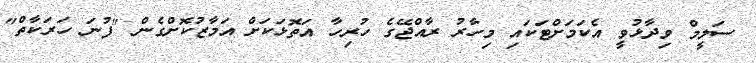
ސަލީމް ވިދާޅުވީ އެކަމަށްޓަކައި މިހާރު ރާއްޖޭގެ ހުރިހާ އަތޮޅަކަށް އަމާޒުކޮށްގެން "ފުނަ ހަރަކާތް"